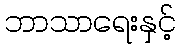
ဘာသာရေးနှင့်